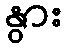
နွား